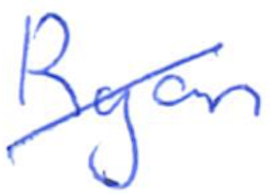
Text: Ryan
Cross-out: diagonal
Writing tool: ballpoint